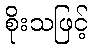
စိုးသဖြင့်